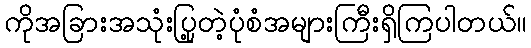
ကိုအခြားအသုံးပြု့တဲ့ပုံစံအများကြီးရှိကြပါတယ်။